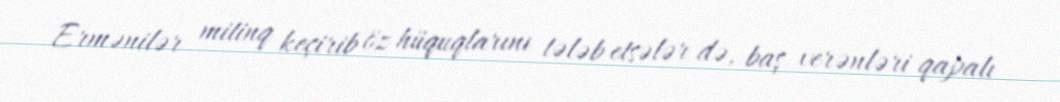
Ermənilər mitinq keçirib öz hüquqlarını tələb etsələr də, baş verənləri qapalı